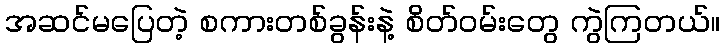
အဆင်မပြေတဲ့ စကားတစ်ခွန်းနဲ့ စိတ်ဝမ်းတွေ ကွဲကြတယ်။